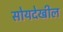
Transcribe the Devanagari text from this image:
सोयदेखील